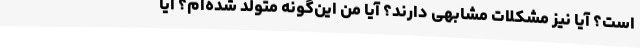
است؟ آیا نیز مشکلات مشابهی دارند؟ آیا من این‌گونه متولد شده‌ام؟ آیا